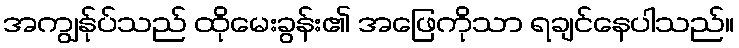
အကျွန်ုပ်သည် ထိုမေးခွန်း၏ အဖြေကိုသာ ရချင်နေပါသည်။